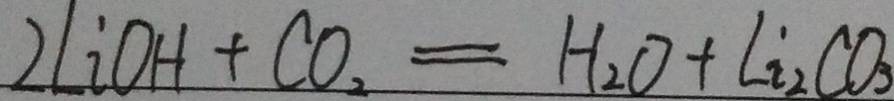
2 l _ { 2 } O H + C O _ { 2 } = H _ { 2 } O + C i _ { 2 } C O _ { 3 }